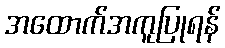
အထောက်အကူပြုရန်